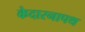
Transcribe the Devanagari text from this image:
केदारनापथ